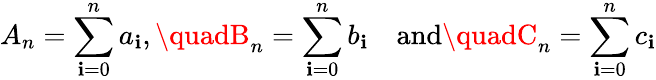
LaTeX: A_{n}=\sum_{\mathbf{i}=0}^{n}a_{\mathbf{i}},\quadB_{n}=\sum_{\mathbf{i}=0}^{n}b_{\mathbf{i}}\quad{\mathrm{{and}}}\quadC_{n}=\sum_{\mathbf{i}=0}^{n}c_{\mathbf{i}}